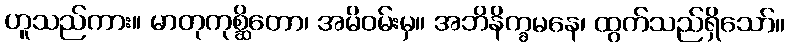
ဟူသည်ကား။ မာတုကုစ္ဆိတော၊ အမိဝမ်းမှ။ အဘိနိက္ခမနေ၊ ထွက်သည်ရှိသော်။